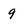
Character: 9